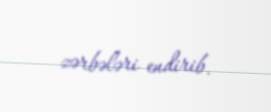
zərbələri endirib.